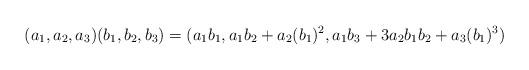
LaTeX: \begin{align*}(a_{1},a_{2},a_{3})(b_{1},b_{2},b_{3})=(a_{1}b_{1},a_{1}b_{2}+a_{2}(b_{1})^{2},a_{1}b_{3}+3a_{2}b_{1}b_{2}+a_{3}(b_{1})^{3})\end{align*}